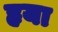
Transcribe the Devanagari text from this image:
हृया